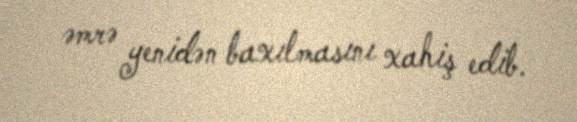
əmrə yenidən baxılmasını xahiş edib.